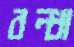
বল্ধা